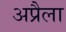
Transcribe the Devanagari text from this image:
अप्रैला